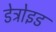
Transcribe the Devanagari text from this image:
डेत्रोइड